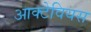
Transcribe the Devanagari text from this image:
आक्टेवियस